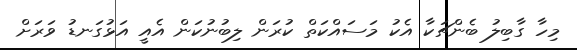
މިހާ ގާބިލު ބެންޗަކާ އެކު މަސައްކަތް ކުރަން ލިބުނުކަން އެއީ އަޅުގަނޑު ވަރަށް